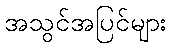
အသွင်အပြင်များ